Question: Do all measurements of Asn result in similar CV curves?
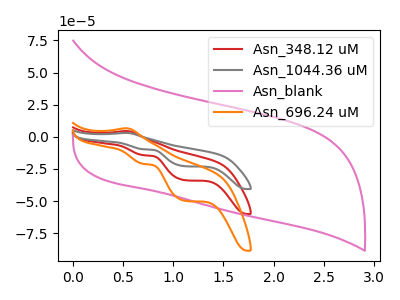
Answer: <think>The red curve "Asn_348.12 uM" has an anodic peak at (0.50V, 4.50uA) and cathodic peaks at (0.70V, -14.30uA) (1.10V, -33.75uA). The gray curve "Asn_1044.36 uM" has an anodic peak at (0.50V, 9.00uA) and cathodic peaks at (0.70V, -28.55uA) (1.10V, -67.50uA). The pink curve "Asn_blank" has no peaks. The orange curve "Asn_696.24 uM" has an anodic peak at (0.50V, 6.65uA) and cathodic peaks at (0.70V, -21.10uA) (1.10V, -49.80uA).
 All the peaks in "Asn_348.12 uM" have a peak in "Asn_1044.36 uM" at the same potential. Every peak in "Asn_348.12 uM" is lower than every peak in "Asn_1044.36 uM". "Asn_348.12 uM" and "Asn_blank" have a different number of peaks. All the peaks in "Asn_348.12 uM" have a peak in "Asn_696.24 uM" at the same potential. Every peak in "Asn_348.12 uM" is lower than every peak in "Asn_696.24 uM". "Asn_1044.36 uM" and "Asn_blank" have a different number of peaks. All the peaks in "Asn_1044.36 uM" have a peak in "Asn_696.24 uM" at the same potential. Every peak in "Asn_1044.36 uM" is higher than every peak in "Asn_696.24 uM". "Asn_blank" and "Asn_696.24 uM" have a different number of peaks.</think>
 <answer>All the CV's of "Asn" have similar shape.</answer>
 <eval>follow_rule</eval>